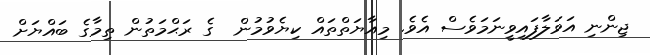
ޖިންނި އަވަލާފައިވީނަމަވެސް އެވެ. މިއާޔަތްތައް ކިޔެވުމުން  ގެ ރަޙްމަތުން ތިމާގެ ބައްޔަށް